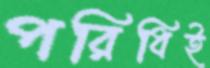
পরিধিই